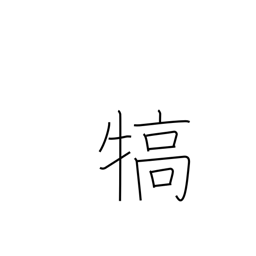
Meaning: reward